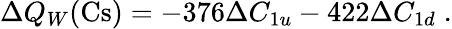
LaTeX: \Delta Q_{W}(\mathrm{Cs})=-376\Delta C_{1u}-422\Delta C_{1d}\; .